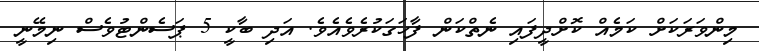
މިންވަރަކަށް ކަމެއް ކޮށްދީފައި ނެތްކަން ފާހަގަކުރެވެއެވެ. އަދި ބާކީ 5 ޕަސެންޓުވެސް ނިމޭނީ